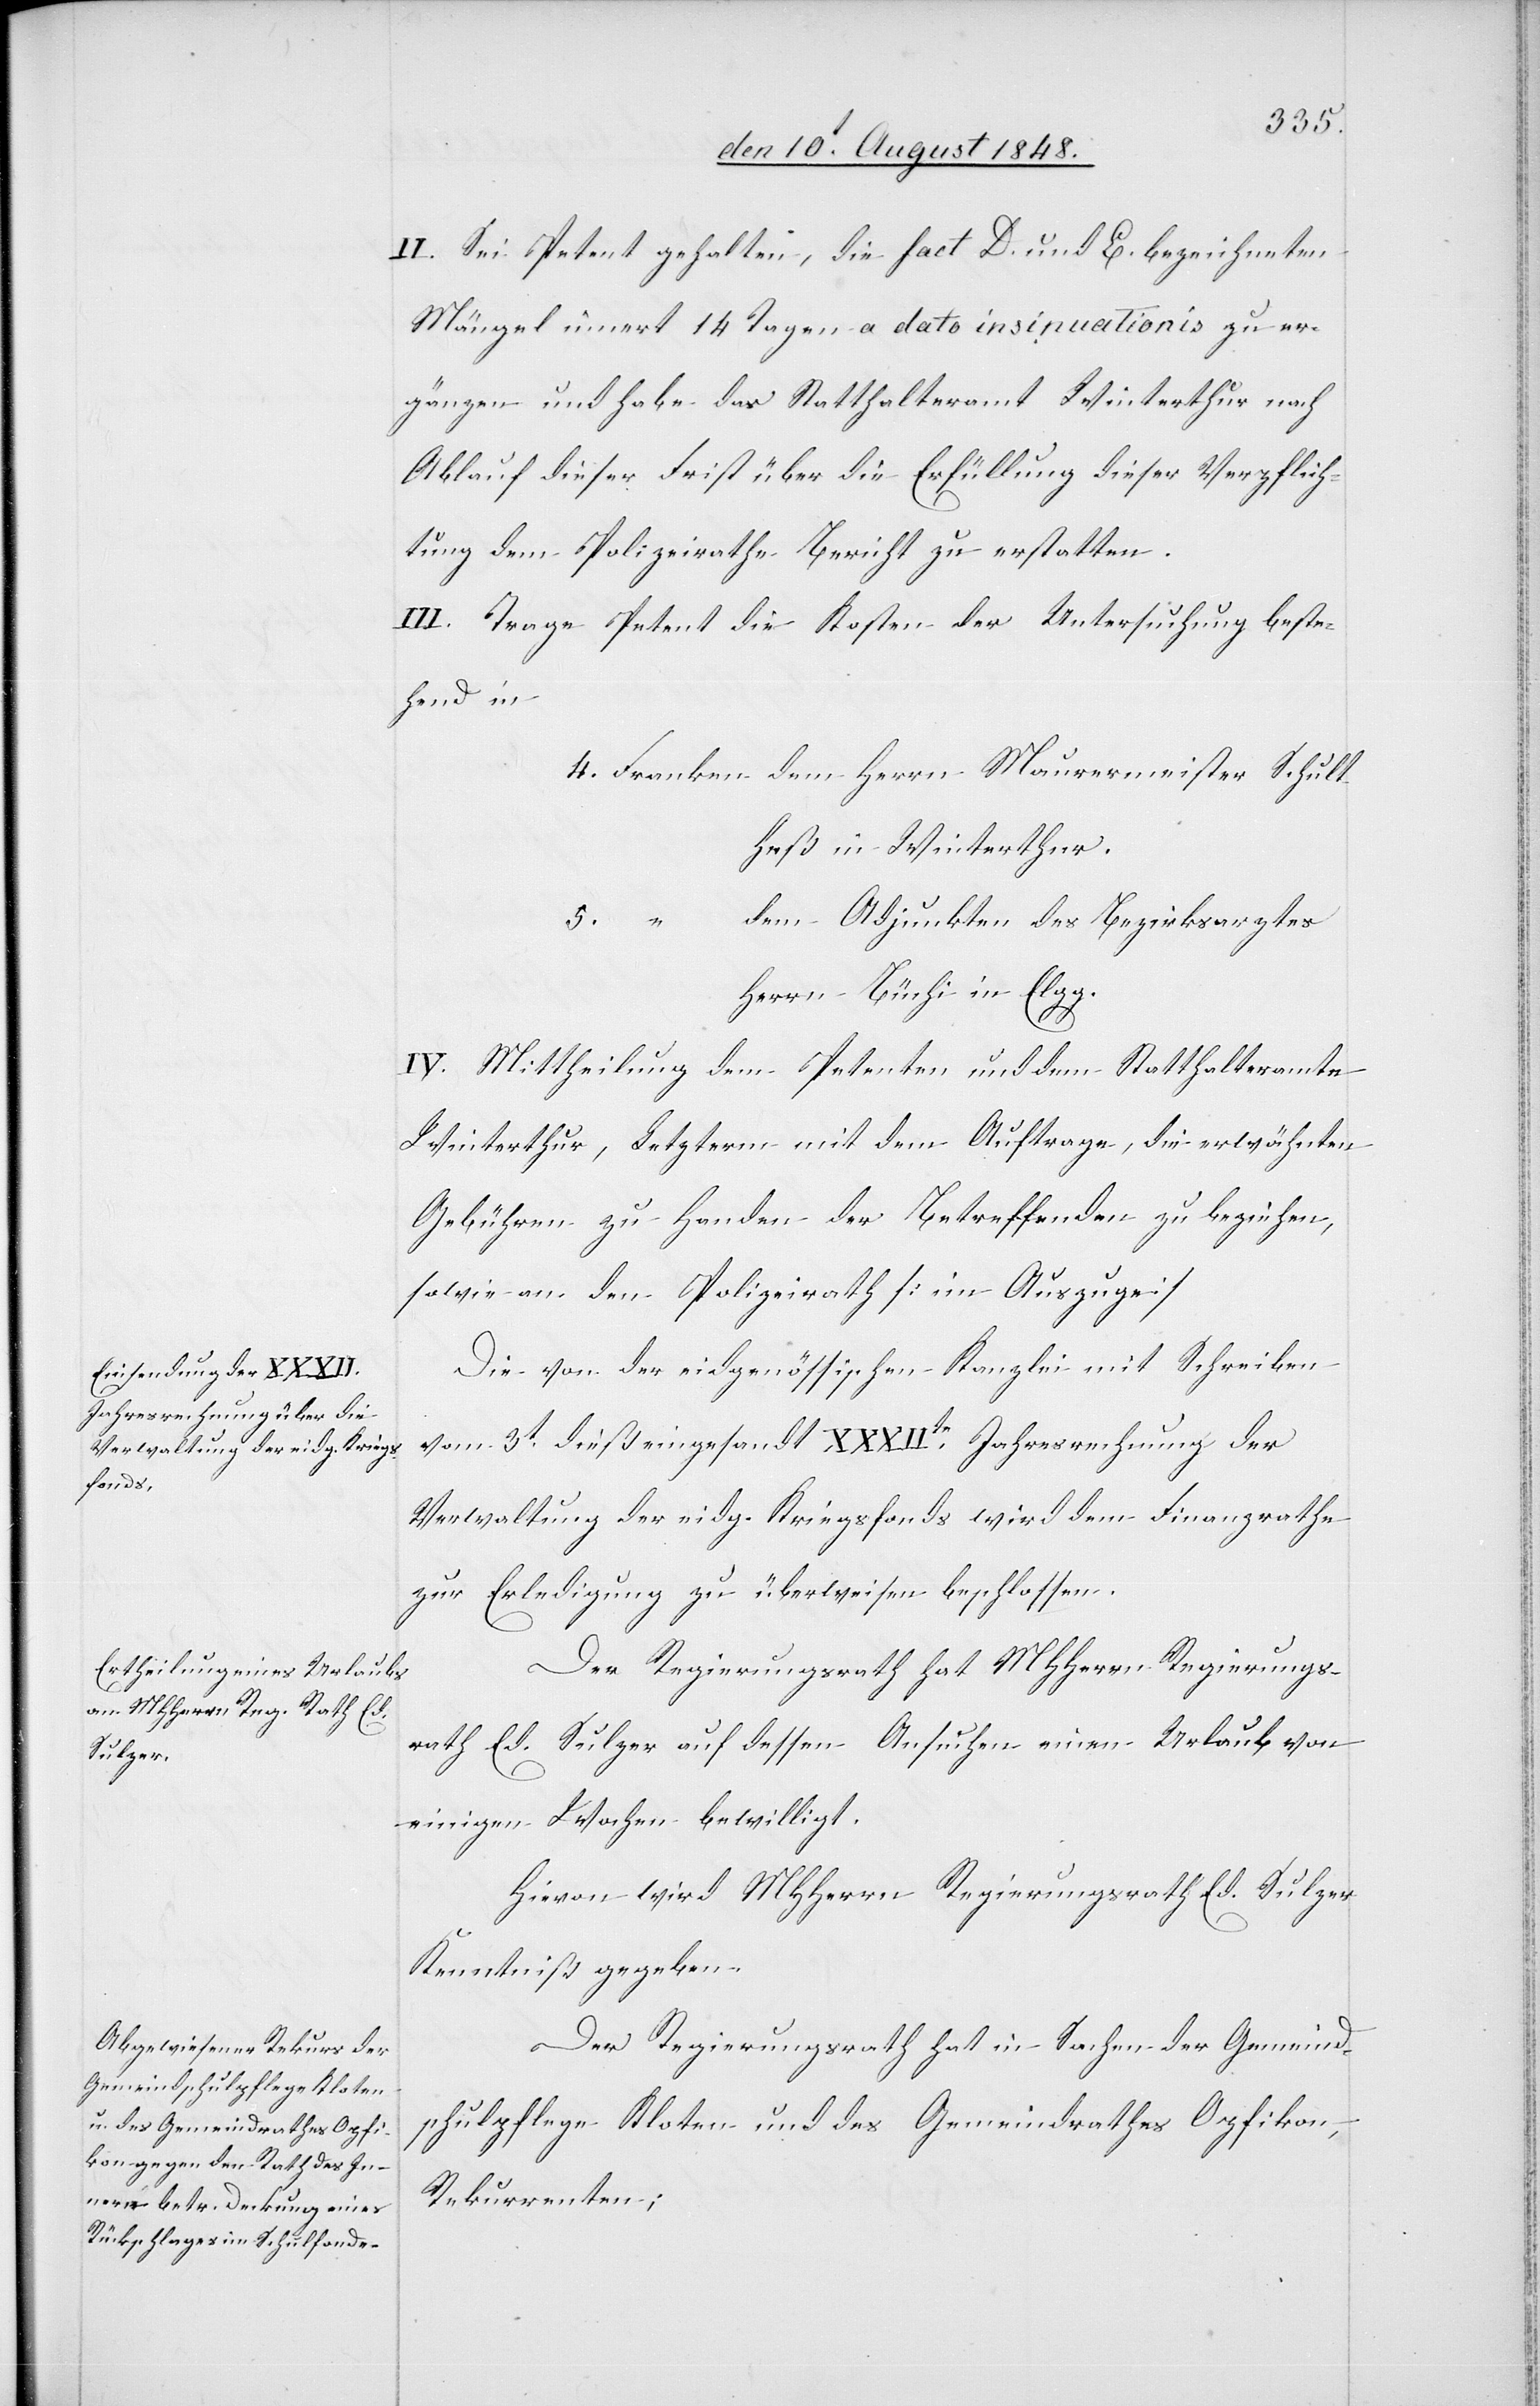
II. Sei Petent gehalten, die fact. D. und E. bezeichneten
Mängel innert 14. Tagen a dato insinuationes zu er¬
gänzen und habe das Statthalteramt Winterthur nach
Ablauf dieser Frist über die Erfüllung dieser Verpflich¬
tung dem Polizeirathe Bericht zu erstatten.
III. Trage Petent die Kosten der Untersuchung beste¬
hend in
heß in Winterthur.
dem Adjunkten des Bezirksarztes
Herrn Büchi in Elgg.
IV. Mittheilung dem Petenten und dem Statthalteramte
Winterthur, Letzterm mit dem Auftrage, die erwähnten
Gebühren zu Handen der Betreffenden zu beziehen,
sowie an den Polizeirath [im Auszuge].
Die von der eidgenössischen Kanzlei mit Schreiben
vom 3t dieß eingesandte XXXIIte Jahresrechnung der
Verwaltung der eidg. Kriegsfonds wird dem Finanzrathe
zur Erledigung zu überweisen beschlossen.
Der Regierungsrath hat MHHerrn Regierungs¬
rath Ed. Sulzer auf dessen Ansuchen einen Urlaub von
Schult¬
einigen Wochen bewilligt.
Hievon wird MHHerrn Regierungsrath Ed. Sulzer
Kenntniß gegeben.
Der Regierungsrath hat in Sachen der Gemeind¬
schulpflege Kloten und des Gemeindrathes Opfikon,
Rekurrenten;